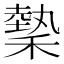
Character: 𬓺